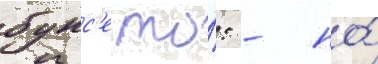
бунс'е то́: - но́